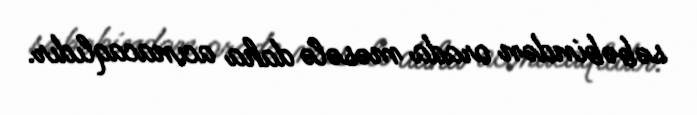
səbəbindən orada məsələ daha acınacaqlıdır.